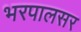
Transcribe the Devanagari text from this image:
भरपालसर